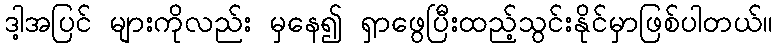
ဒါ့အပြင် များကိုလည်း မှနေ၍ ရှာဖွေပြီးထည့်သွင်းနိုင်မှာဖြစ်ပါတယ်။